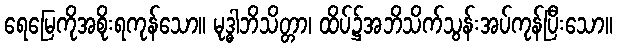
ရေမြေကိုအစိုးရကုန်သော။ မုဒ္ဓါဘိသိတ္တာ၊ ထိပ်၌အဘိသိက်သွန်းအပ်ကုန်ပြီးသော။